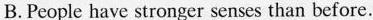
B.People have stronger senses than before.